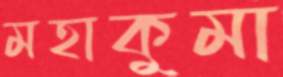
মহাকুমা